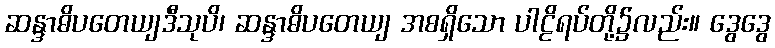
ဆန္ဒာဓိပတေယျဒီသုပိ၊ ဆန္ဒာဓိပတေယျ အစရှိသော ပါဠိရပ်တို့၌လည်း။ ဒွေဒွေ